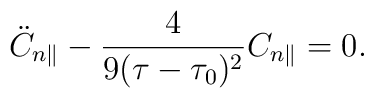
\ddot{C}_{n\parallel}-\frac{4}{9(\tau-\tau_0)^2}C_{n\parallel}=0.